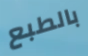
بالطبع